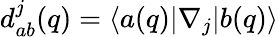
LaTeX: d_{ab}^{j}(q)=\langle a(q)|\nabla_{j}|b(q)\rangle